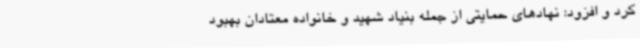
کرد و افزود: نهادهای حمایتی از جمله بنیاد شهید و خانواده معتادان بهبود